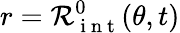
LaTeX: r=\mathcal{R}_{\mathrm{~i~n~t~}}^{0}(\theta,t)